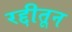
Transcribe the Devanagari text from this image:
रद्दीतून